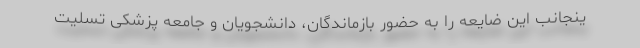
ینجانب این ضایعه را به حضور بازماندگان، دانشجویان و جامعه پزشکی تسلیت